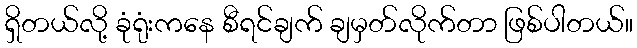
ရှိတယ်လို့ ခုံရုံးကနေ စီရင်ချက် ချမှတ်လိုက်တာ ဖြစ်ပါတယ်။